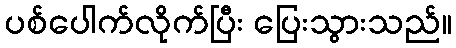
ပစ်ပေါက်လိုက်ပြီး ပြေးသွားသည်။